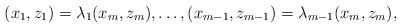
\begin{align*}(x_1, z_1)=\lambda_1(x_m, z_m), \dots, (x_{m-1}, z_{m-1})=\lambda_{m-1}(x_m, z_m),\end{align*}